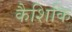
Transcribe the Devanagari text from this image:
कैशिकि